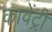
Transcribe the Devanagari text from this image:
कावेंट्री